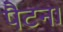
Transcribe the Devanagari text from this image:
पैटन।